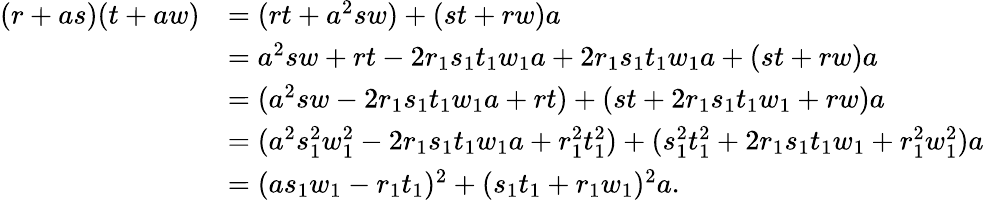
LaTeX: \begin{array}{rl}{(r+as)(t+aw)}&{=(rt+a^{2}sw)+(st+rw)a}\\ &{=a^{2}sw+rt-2r_{1}s_{1}t_{1}w_{1}a+2r_{1}s_{1}t_{1}w_{1}a+(st+rw)a}\\ &{=(a^{2}sw-2r_{1}s_{1}t_{1}w_{1}a+rt)+(st+2r_{1}s_{1}t_{1}w_{1}+rw)a}\\ &{=(a^{2}s_{1}^{2}w_{1}^{2}-2r_{1}s_{1}t_{1}w_{1}a+r_{1}^{2}t_{1}^{2})+(s_{1}^{2}t_{1}^{2}+2r_{1}s_{1}t_{1}w_{1}+r_{1}^{2}w_{1}^{2})a}\\ &{=(as_{1}w_{1}-r_{1}t_{1})^{2}+(s_{1}t_{1}+r_{1}w_{1})^{2}a.}\end{array}